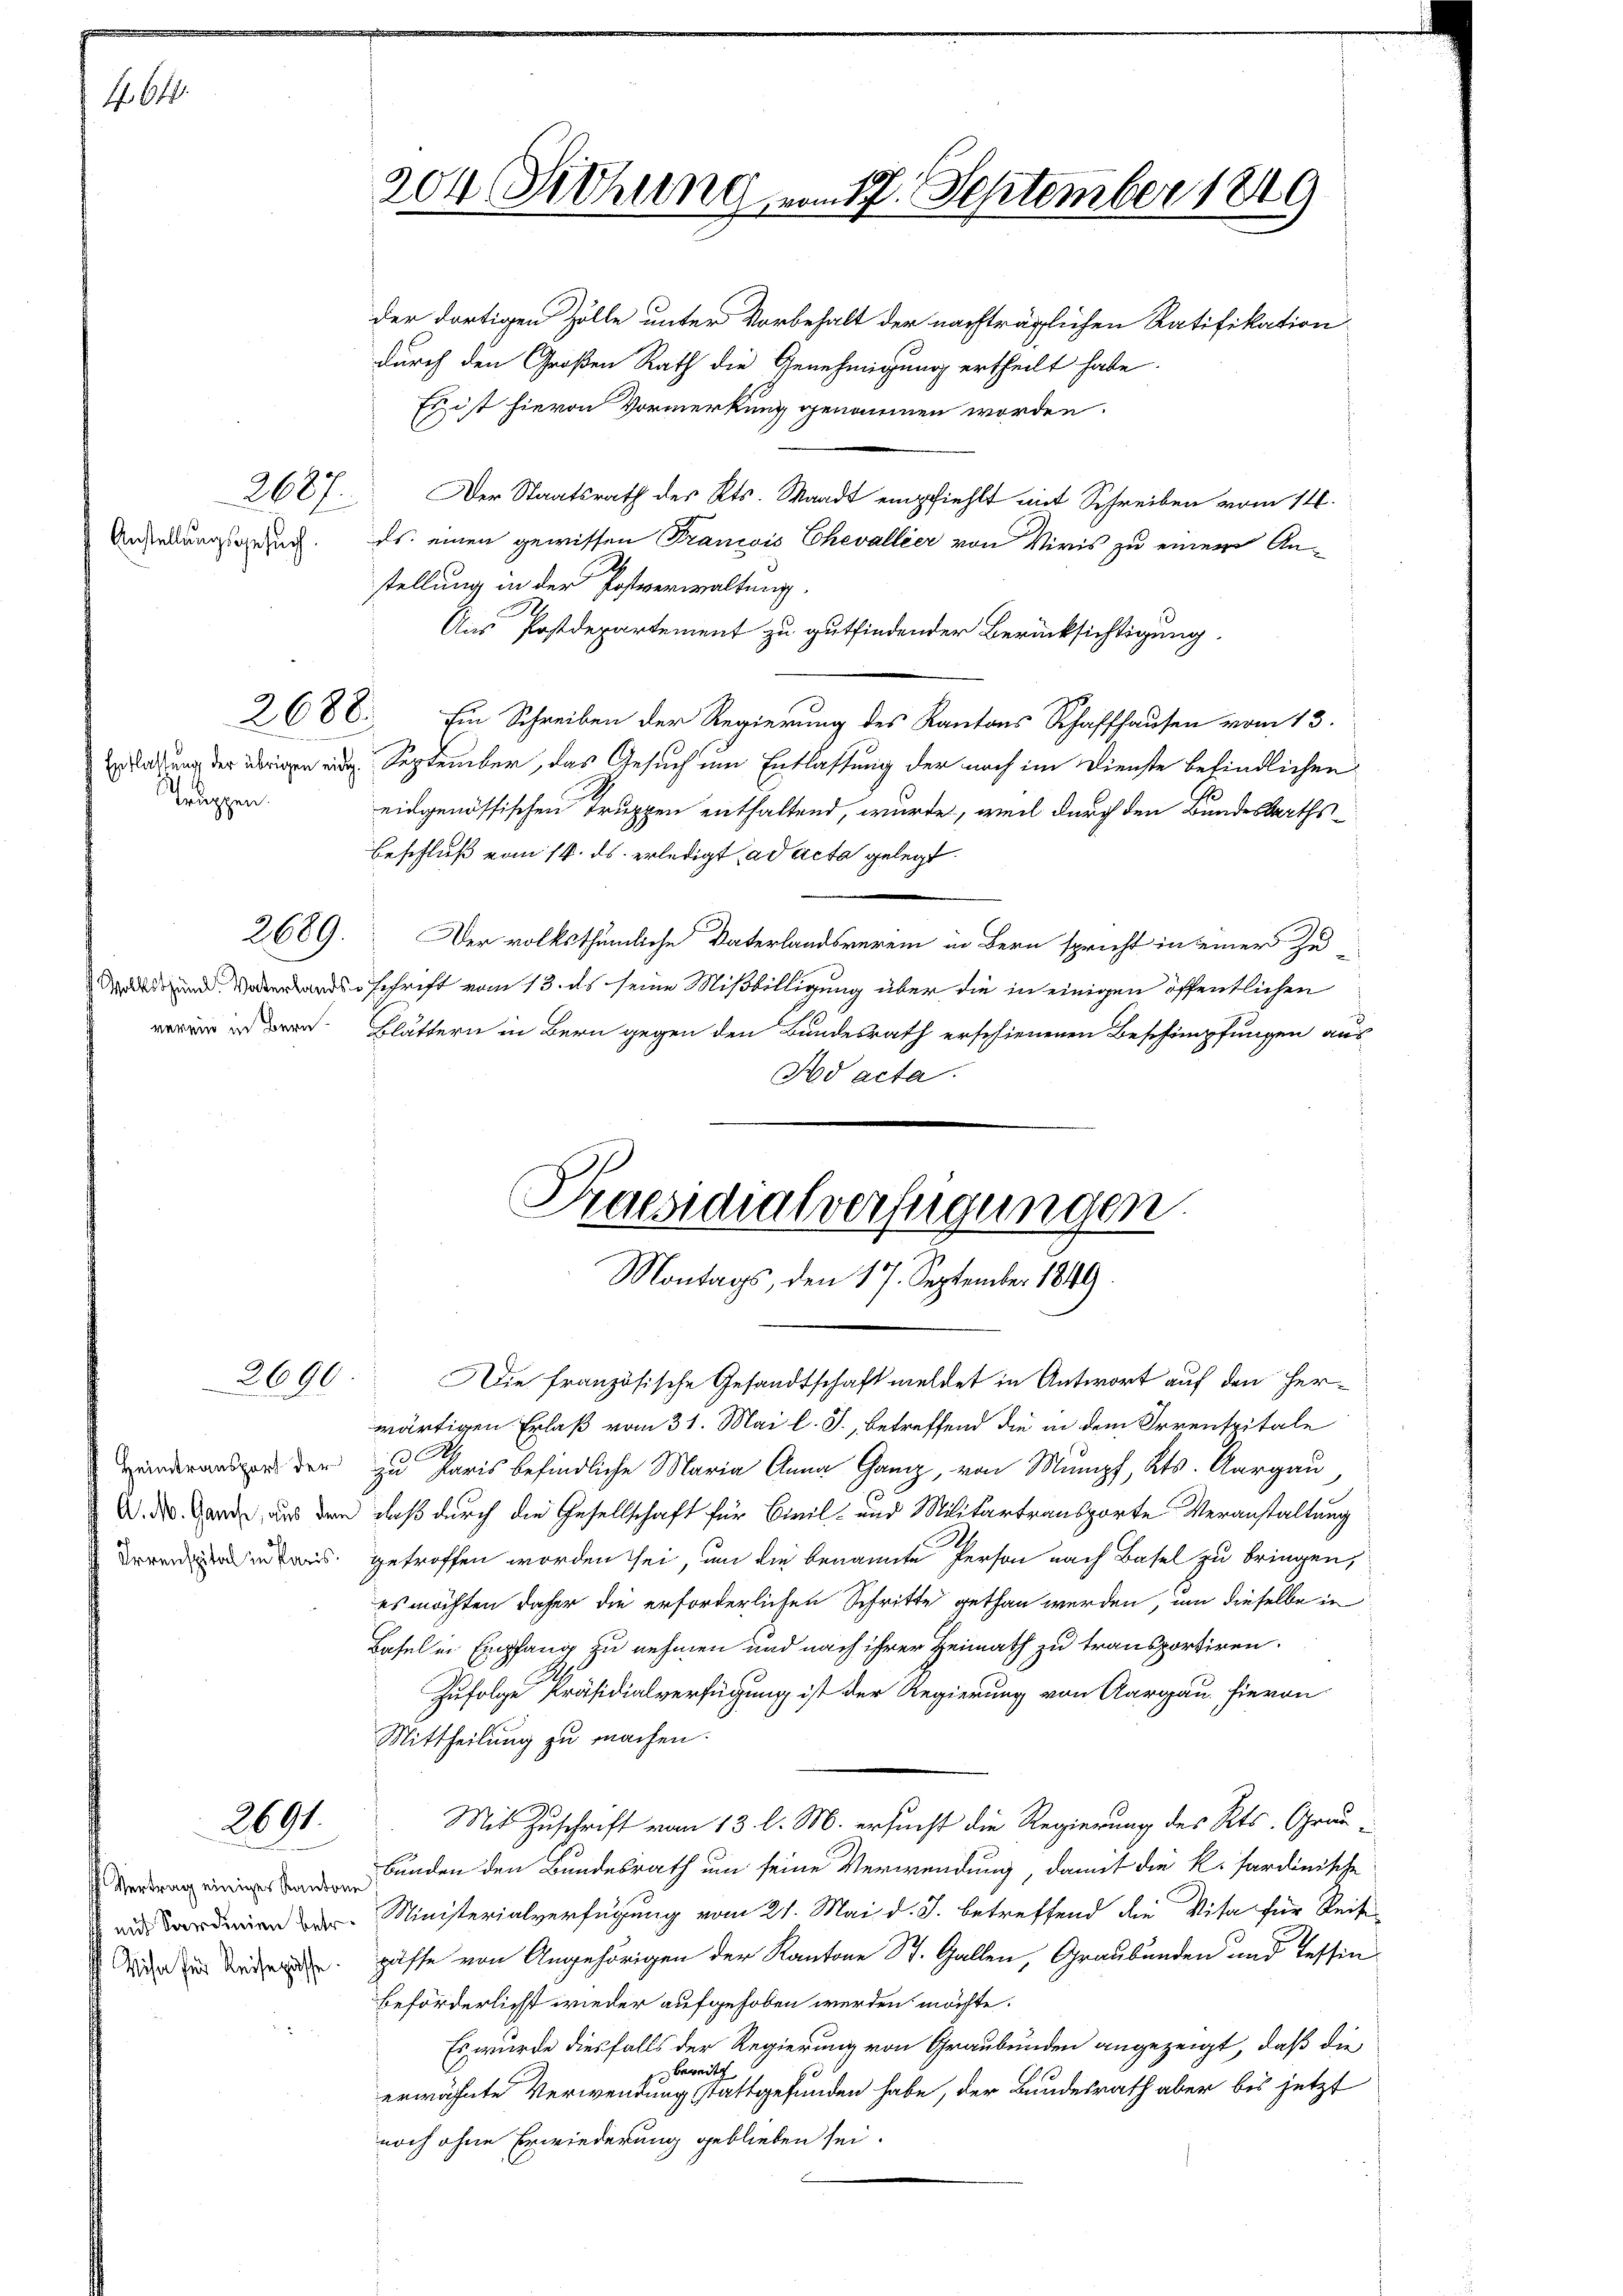
f. 644.

Anstellungsgesuch.

2687.

Entlassung der übrigen eidg.
Truppen.

2689.

Volkschen Vaterlandsverein in Bern.

2690.

Heimtransport der

2691.

204 Sitzung vom 17. September 1849

Praesidialverfügungen.
Montags, den 17. September 1849

Die französische Gesandtschaft meldet in Antwort auf den Herwärtigen Erlaß vom 31. Mai l. J., betreffend die in dem Irrenspitale
zu Paris befindliche Maria Anna Ganz, von Mumpf, Kts. Aargau
V. d. Garde, das den daß durch die Gesellschaft für Civil- und Militärtransporte Veranstaltung
inaus getroffen worden sei, um die benannte Person nach Basel zu bringen,
es möchten daher die erforderlichen Schritte gethan werden, um dieselbe in
Basel in Empfang zu nehmen und nach ihrer Heimath zu transportiren.
Zufolge Präsidialverfügung ist der Regierung von Aargau hievon
Mittheilung zu machen.
Mit Zuschrift vom 13. l. M. ersucht die Regierung des Kts. Grau¬
Bunden den Bundesrath um seine Verwendung, damit die k. Sardinische
 Ministerialverfügung vom 21. Mai d. J. betreffend die Visa für Reise
Wie de passe von Angehörigen der Kantone St. Gallen, Graubünden und Tessin
beförderlichst wieder aufgehoben werden möchte.
Es wurde diesfalls der Regierung von Graubünden angezeigt, daß die
 bereit
erwähnte Verwendung stattgefunden habe, der Bundesrath aber bis jetzt
noch ohne Erwiederung geblieben sei.

der dortigen Zölle unter Vorbehalt der nachträglichen Ratifikation
durch den Großen Rath die Genehmigung ertheilt habe.
Es ist hievon Vormerkung genommen worden.
Der Staatsrath des Kts. Waadt empfiehlt mit Schreiben vom 14.
ds. einen gewissen Francois Chevallier von Viris zu einem An-
stellung in der Postverwaltung.
Aus Postdepartement zu gutfindender Berücksichtigung.
2688. Ein Schreiben der Regierung des Kantons Schaffhausen vom 13.
September, das Gesuch um Entlassung der noch im Dienste befindlichen
eidgenössischen Truppen enthaltend, wurde, weil durch den Bundesraths¬
Beschluß vom 14. ds. erledigt, ad acta gelegt.
Der volksthümliche Vaterlandsverein in Bern spricht in einer zu
schrift vom 13. ds seine Mißbilligung über die in einigen öffentlichen
Blättern in Bern gegen den Bundesrath erschienenen Beschimpfungen aus
Nd acta.